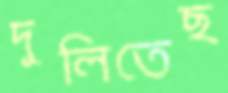
দুলিতেছ